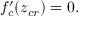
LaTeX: f _ { c } ^ { \prime } ( z _ { c r } ) = 0 .